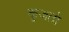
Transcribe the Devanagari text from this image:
कुजतो